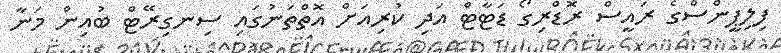
ފިލިޕީންސްގެ ރައީސް ރޮޑްރިގޯ ޑަޓާޓް އަދި ކުރިއަށް އޮތްތަނުގައި ސިނގިރޭޓް ބުއިން މަނާ